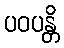
ပဝပန္တိ